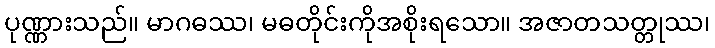
ပုဏ္ဏားသည်။ မာဂဓဿ၊ မဓတိုင်းကိုအစိုးရသော။ အဇာတသတ္တုဿ၊